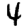
Digit: 4